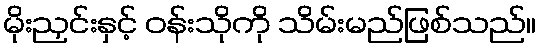
မိုးညှင်းနှင့် ဝန်းသိုကို သိမ်းမည်ဖြစ်သည်။